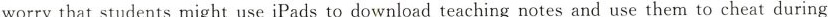
worry that students might use iPads to download teaching notes and use them to cheat during